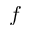
f